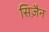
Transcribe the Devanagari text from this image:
सिज़ैन